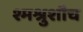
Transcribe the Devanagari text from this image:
श्मश्रुशौच